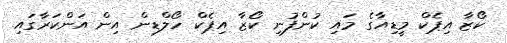
ކޯޒާ އިޕެކް މީޑިއާގެ މައި ކުންފުނި ކޯޒާ އިޕެކް ހޯލްޑިން އިން އަންކަރާގައި